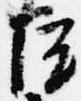
院